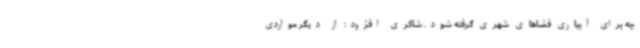
چه برای آبیاری فضاهای شهری گرفته شود. شاکری افزود: از دیگر مواردی